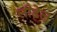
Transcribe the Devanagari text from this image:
लीडेल